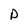
Character: D